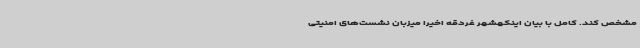
مشخص کند. کامل با بیان اینکهشهر غردقه اخیراً میزبان نشست‌های امنیتی